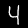
Label: 4